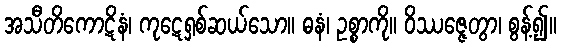
အသီတိကောဋိနံ၊ ကုဋေရှစ်ဆယ်သော။ ဓနံ၊ ဥစ္စာကို။ ဝိဿဇ္ဇေတွာ၊ စွန့်၍။